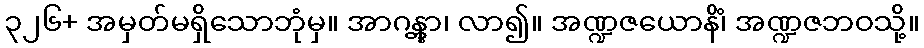
၃၂၆+ အမှတ်မရှိသောဘုံမှ။ အာဂန္တွာ၊ လာ၍။ အဏ္ဍဇယောနိံ၊ အဏ္ဍဇဘဝသို့။